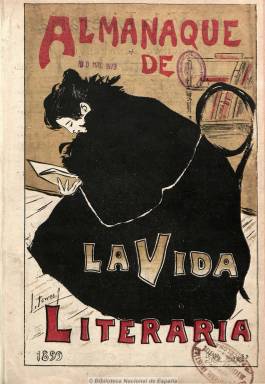
Título: La Vida literaria (Madrid)
Otros títulos: Almanaque de La Vida literaria, en. 1899
Colección: Literatura
Ámbito geográfico: Madrid
Lugar de publicación: Madrid
Fechas: 07/01/1899-27/07/1899

Concebida como suplemento literario de Madrid cómico (1880), surge de una escisión de este periódico para convertirse en una revista semanal autónoma, cuyo propietario y administrador será Bernardo Rodríguez Serra, y que será dirigida en sus primeros once números por Jacinto Benavente, alejada totalmente de las cuestiones políticas y afiliada al movimiento modernista. En su artículo de presentación señala que en ella tienen cabida los escritores y artistas jóvenes, junto a los “viejos sostenedores” de la literatura española y otros extranjeros, especialmente los de América latina.

Sus páginas darán abrigo a textos de crítica y de creación literaria, tanto en prosa como en verso, además de narraciones y comedias breves y algunas traducciones, y otros dedicados al arte, la pintura, la música, la bibliografía, junto a algunos epigramas y leyendas. Será asimismo un periódico ilustrado con dibujos que acompañan a dichos textos, algunos de ellos humorísticos, y también de fotografías de vistas o de retratos de actrices o escritores.

Además del propio Benavente, se dan cita en esta revista literaria un largo elenco de colaboradores, entre los que se encuentran Leopoldo Alas Clarín (que se hará cargo posteriormente de la dirección), Rubén Darío, Vicente Medina, Antonio Palomero, Luis Taboada, Gregorio Martínez Sierra, Armando Palacio Valdés, Miguel de Unamuno, Ramón María del Valle Inclán, Manuel Machado, Tomás Carretero, José María Dotres, Eusebio Blasco, Bernardo G. de Candamo, Federico Urales, Pedro Corominas, Eugenio de Castro, Ramiro de Maeztu, José G. Vaso, Rodrigo Soriano. También aparecen textos de Jacinto Verdaguer, Paul Hervieu, Schelley, Volkmann, Gabriele D’Annunzio o del Marqués de Figueroa.

Entre los dibujantes e lustradores se dan cita Ramón Casas, Xaudaró, Marín, Villar, Nonell, Sancha, Leal de Cámara, Medina Vera, G. Faura, Torres García o Víctor Martínez. Cada portada está dedicada íntegramente a un dibujo impreso en varias tintas y sus páginas centrales la ocupa una lámina que reproduce obras maestras de la pintura.

En total publicó 31 números de entre 16 y 18 páginas, desde enero a agosto de 1899, excepto el primero, que es de 36 páginas, al ser encabezado como Almanaque de La vida literaria.